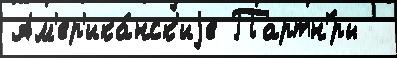
Ам'ер'ика́нск'иjе Партн'́ры